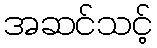
အဆင်သင့်